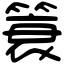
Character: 簑